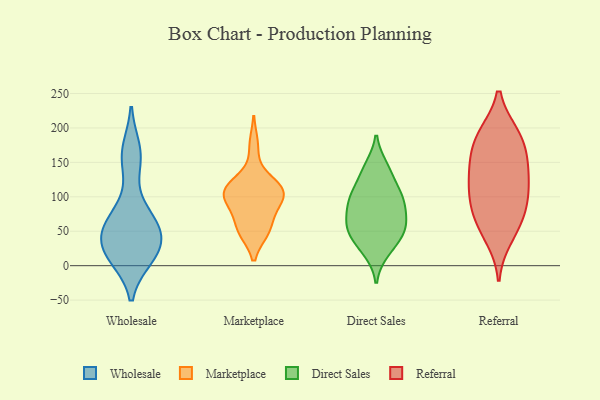
{"axis": {"x": "Conversion Rate (%)", "y": "Value"}, "legend": ["Direct Sales", "Marketplace", "Referral", "Wholesale"], "data": [{"x": "", "y": 37, "type": "Wholesale"}, {"x": "", "y": 80, "type": "Wholesale"}, {"x": "", "y": 168, "type": "Wholesale"}, {"x": "", "y": 17, "type": "Wholesale"}, {"x": "", "y": 47, "type": "Wholesale"}, {"x": "", "y": 152, "type": "Wholesale"}, {"x": "", "y": 12, "type": "Wholesale"}, {"x": "", "y": 58, "type": "Wholesale"}, {"x": "", "y": 16, "type": "Wholesale"}, {"x": "", "y": 57, "type": "Wholesale"}, {"x": "", "y": 175, "type": "Marketplace"}, {"x": "", "y": 121, "type": "Marketplace"}, {"x": "", "y": 87, "type": "Marketplace"}, {"x": "", "y": 98, "type": "Marketplace"}, {"x": "", "y": 50, "type": "Marketplace"}, {"x": "", "y": 50, "type": "Marketplace"}, {"x": "", "y": 118, "type": "Marketplace"}, {"x": "", "y": 109, "type": "Marketplace"}, {"x": "", "y": 51, "type": "Marketplace"}, {"x": "", "y": 99, "type": "Marketplace"}, {"x": "", "y": 73, "type": "Marketplace"}, {"x": "", "y": 106, "type": "Marketplace"}, {"x": "", "y": 111, "type": "Marketplace"}, {"x": "", "y": 34, "type": "Direct Sales"}, {"x": "", "y": 57, "type": "Direct Sales"}, {"x": "", "y": 143, "type": "Direct Sales"}, {"x": "", "y": 21, "type": "Direct Sales"}, {"x": "", "y": 89, "type": "Direct Sales"}, {"x": "", "y": 65, "type": "Direct Sales"}, {"x": "", "y": 95, "type": "Direct Sales"}, {"x": "", "y": 104, "type": "Direct Sales"}, {"x": "", "y": 99, "type": "Direct Sales"}, {"x": "", "y": 134, "type": "Direct Sales"}, {"x": "", "y": 58, "type": "Direct Sales"}, {"x": "", "y": 50, "type": "Direct Sales"}, {"x": "", "y": 120, "type": "Referral"}, {"x": "", "y": 131, "type": "Referral"}, {"x": "", "y": 58, "type": "Referral"}, {"x": "", "y": 190, "type": "Referral"}, {"x": "", "y": 88, "type": "Referral"}, {"x": "", "y": 96, "type": "Referral"}, {"x": "", "y": 66, "type": "Referral"}, {"x": "", "y": 159, "type": "Referral"}, {"x": "", "y": 189, "type": "Referral"}, {"x": "", "y": 41, "type": "Referral"}, {"x": "", "y": 137, "type": "Referral"}, {"x": "", "y": 157, "type": "Referral"}, {"x": "", "y": 98, "type": "Referral"}, {"x": "", "y": 190, "type": "Referral"}]}